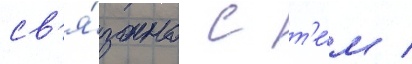
св'я́зано с т'е́м /